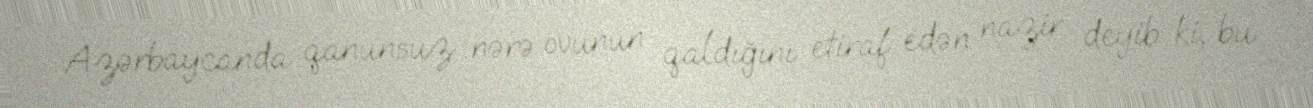
Azərbaycanda qanunsuz nərə ovunun qaldığını etiraf edən nazir deyib ki, bu